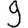
Digit: 9